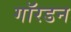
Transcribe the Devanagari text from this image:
गॉरडन